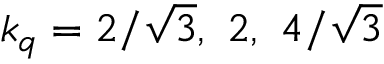
k _ { q } = { 2 } / { \sqrt { 3 } } , \ 2 , \ { 4 } / { \sqrt { 3 } }